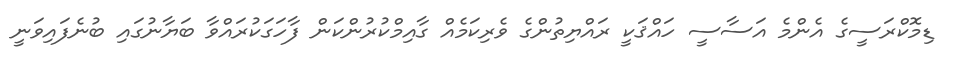
ޑިމޮކްރަސީގެ އެންމެ އަސާސީ ހައްޤަކީ ރައްޔިތުންގެ ވެރިކަމެއް ގާއިމްކުރުންކަން ފާހަގަކުރައްވާ ބަޔާނުގައި ބުނެފައިވަނީ